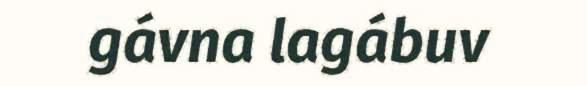
gávna lagábuv